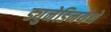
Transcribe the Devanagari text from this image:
ड्युनेडिनयेथे